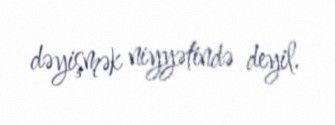
dəyişmək niyyətində deyil.